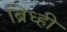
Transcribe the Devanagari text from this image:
ब्रिध्ही